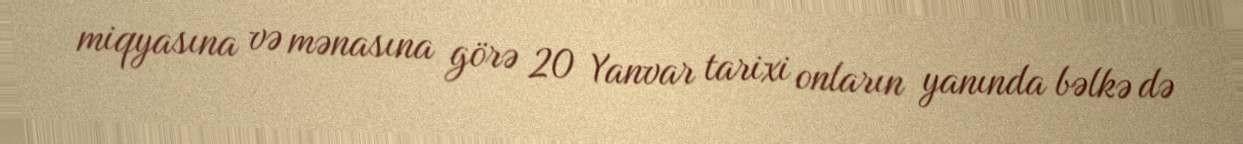
miqyasına və mənasına görə 20 Yanvar tarixi onların yanında bəlkə də